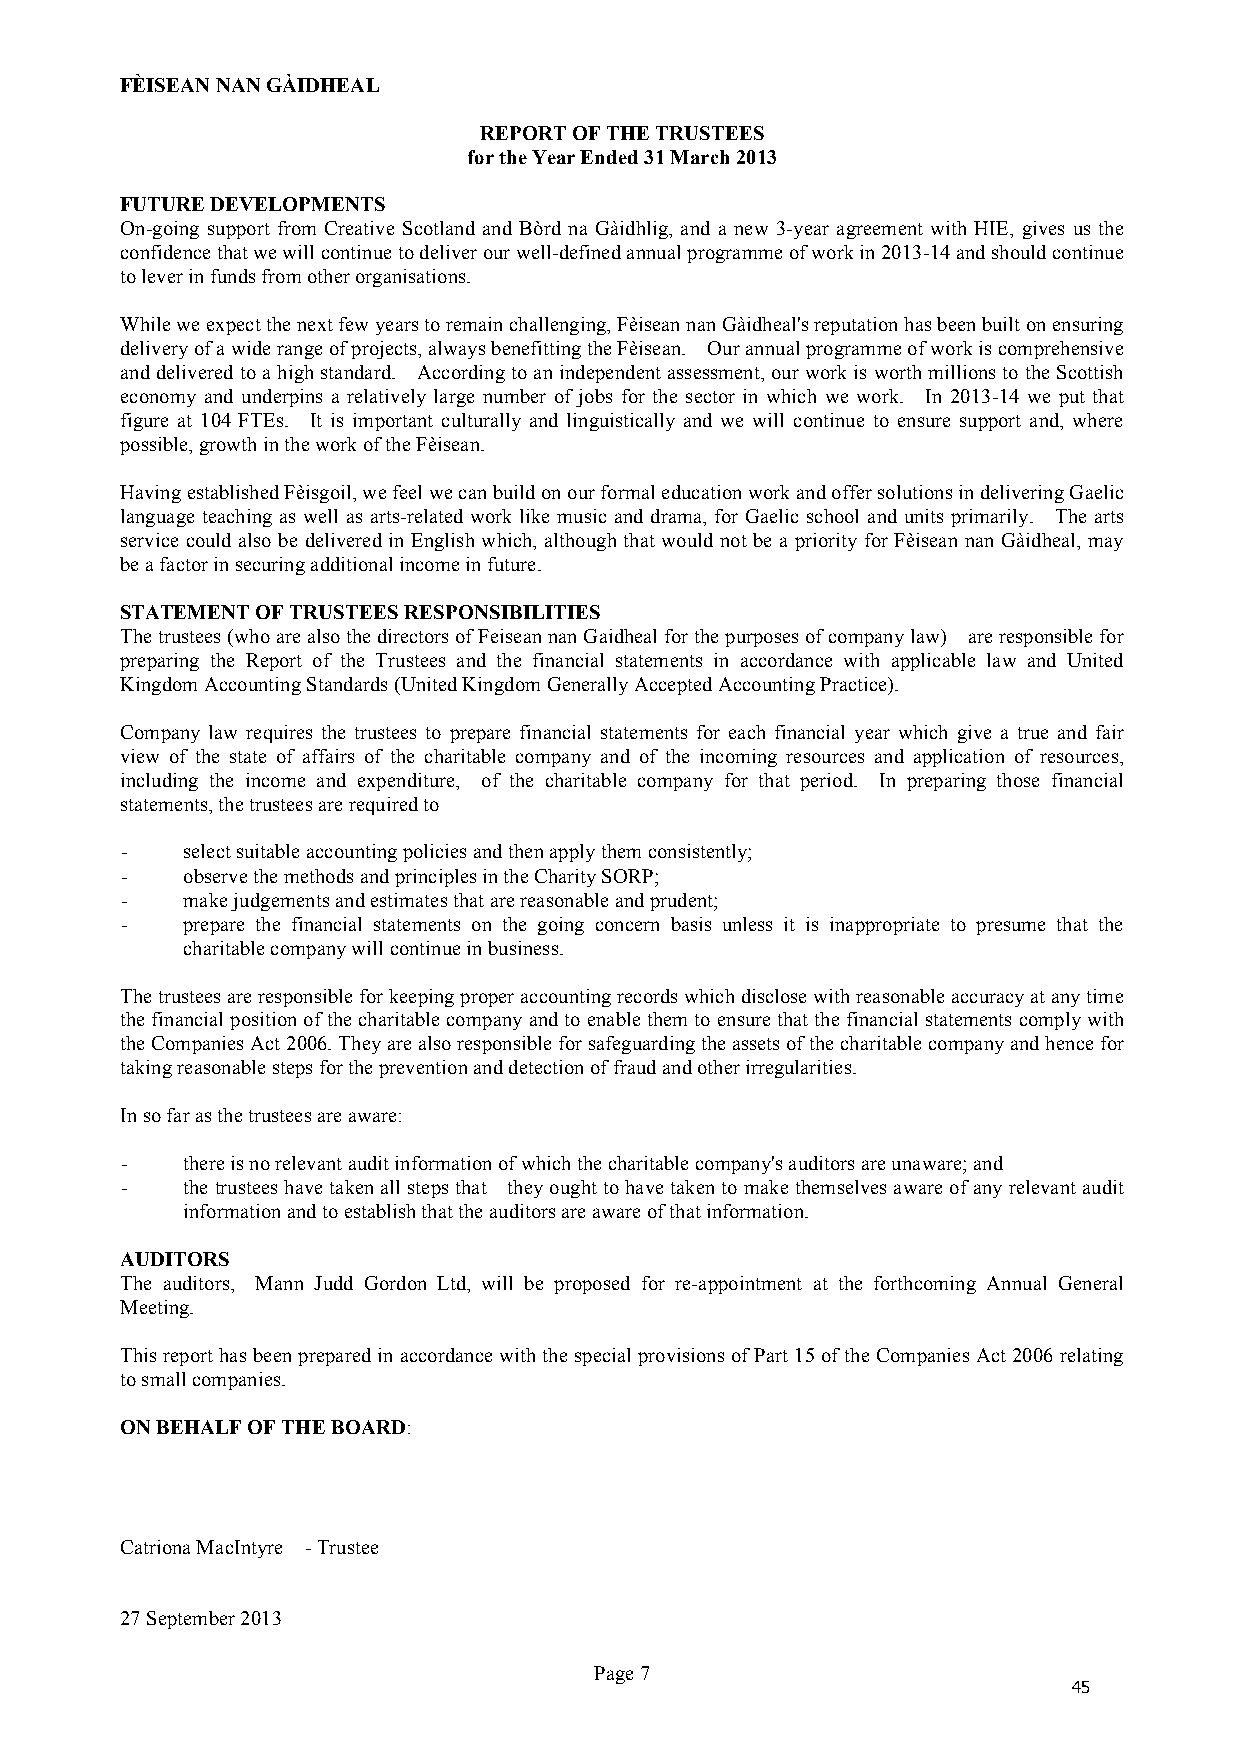
FÈISEAN NAN GÀIDHEAL
 REPORT OF THE TRUSTEES
 for the Year Ended 31 March 2013
 FUTURE DEVELOPMENTS
 On-going support from Creative Scotland and Bòrd na Gàidhlig, and a new 3-year agreement with HIE, gives us the
 confidence that we will continue to deliver our well-defined annual programme of work in 2013-14 and should continue
 to lever in funds from other organisations.
 While we expect the next few years to remain challenging, Fèisean nan Gàidheal's reputation has been built on ensuring
 delivery of a wide range of projects, always benefitting the Fèisean. Our annual programme of work is comprehensive
 and delivered to a high standard. According to an independent assessment, our work is worth millions to the Scottish
 economy and underpins a relatively large number of jobs for the sector in which we work. In 2013-14 we put that
 figure at 104 FTEs. It is important culturally and linguistically and we will continue to ensure support and, where
 possible, growth in the work of the Fèisean.
 Having established Fèisgoil, we feel we can build on our formal education work and offer solutions in delivering Gaelic
 language teaching as well as arts-related work like music and drama, for Gaelic school and units primarily. The arts
 service could also be delivered in English which, although that would not be a priority for Fèisean nan Gàidheal, may
 be a factor in securing additional income in future.
 STATEMENT OF TRUSTEES RESPONSIBILITIES
 The trustees (who are also the directors of Feisean nan Gaidheal for the purposes of company law) are responsible for
 preparing the Report of the Trustees and the financial statements in accordance with applicable law and United
 Kingdom Accounting Standards (United Kingdom Generally Accepted Accounting Practice).
 Company law requires the trustees to prepare financial statements for each financial year which give a true and fair
 view of the state of affairs of the charitable company and of the incoming resources and application of resources,
 including the income and expenditure, of the charitable company for that period. In preparing those financial
 statements, the trustees are required to
 -   select suitable accounting policies and then apply them consistently;
 -   observe the methods and principles in the Charity SORP;
 -   make judgements and estimates that are reasonable and prudent;
 -   prepare the financial statements on the going concern basis unless it is inappropriate to presume that the
 charitable company will continue in business.
 The trustees are responsible for keeping proper accounting records which disclose with reasonable accuracy at any time
 the financial position of the charitable company and to enable them to ensure that the financial statements comply with
 the Companies Act 2006. They are also responsible for safeguarding the assets of the charitable company and hence for
 taking reasonable steps for the prevention and detection of fraud and other irregularities.
 In so far as the trustees are aware:
 -   there is no relevant audit information of which the charitable company's auditors are unaware; and
 -   the trustees have taken all steps that they ought to have taken to make themselves aware of any relevant audit
 information and to establish that the auditors are aware of that information.
 AUDITORS
 The auditors, Mann Judd Gordon Ltd, will be proposed for re-appointment at the forthcoming Annual General
 Meeting.
 This report has been prepared in accordance with the special provisions of Part 15 of the Companies Act 2006 relating
 to small companies.
 ON BEHALF OF THE BOARD:
 Catriona MacIntyre - Trustee
 27 September 2013
 Page 7
 45